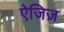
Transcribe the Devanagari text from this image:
ऐजिज़